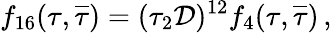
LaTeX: f_{16}(\tau,{\overline{{\tau}}})=(\tau_{2}{\cal D})^{12}f_{4}(\tau,{\overline{{\tau}}})\, ,